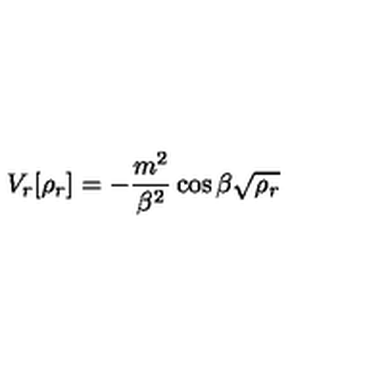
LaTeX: V _ { r } [ \rho _ { r } ] = - \frac { m ^ { 2 } } { \beta ^ { 2 } } \cos \beta \sqrt { \rho _ { r } }